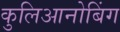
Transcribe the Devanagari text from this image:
कुलिआनोबिंग